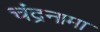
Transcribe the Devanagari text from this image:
चंद्रनामा